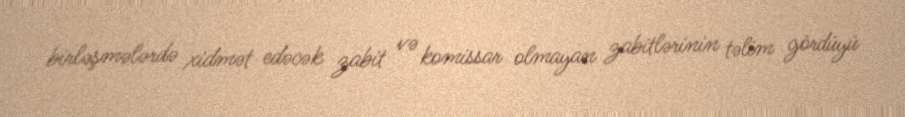
birləşmələrdə xidmət edəcək zabit və komissar olmayan zabitlərinin təlim gördüyü